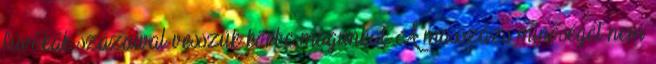
fúvókák százaival vesszük körbe magunkat. A masszázs minőségét nem